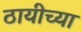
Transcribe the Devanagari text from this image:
ठायीच्या